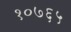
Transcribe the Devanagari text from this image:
१०७६५